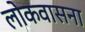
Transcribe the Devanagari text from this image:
लोकवासना